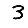
Digit: 3